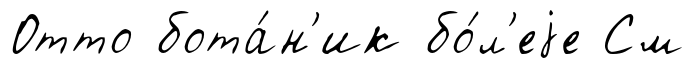
Отто бота́н'ик бо́л'еjе См